Civil Veterinary Dept. Bombay admin report 1932-41 - 1932-1941
Year: 1932
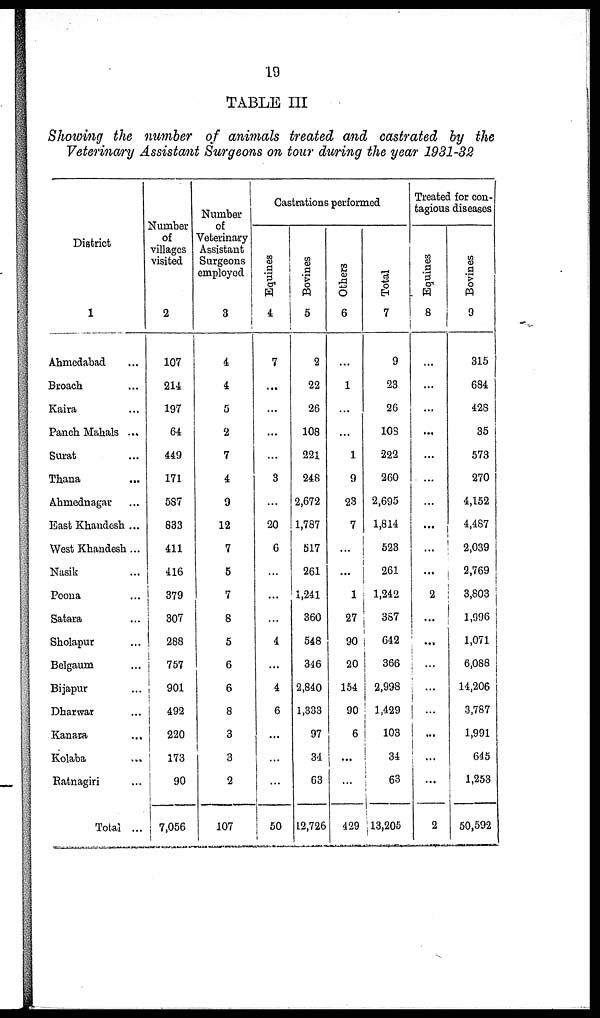
19
TABLE III
Showing the number of animals treated and castrated by the
Veterinary Assistant Surgeons on tour during the year 1931-32
District
1
Ahmedabad ...
Broach ...
Kaira ...
Panch Mahals ...
Surat ...
Thana ...
Ahmednagar ...
East Khandesh ...
West Khandesh....
Nasik ...
Poona ...
Satara ...
Sholapur ...
Belgaum ...
Bijapur ...
Dharwar ...
Kanara
...
Kolaba ...
Ratnagiri ...
Total ...
Number
of
villages
visited
2
107
214
197
64
449
171
587
833
411
416
379
307
288
757
901
492
220
173
90
7,056
Number
of
Veterinary
Assistant
Surgeons
employed
3
4
4
5
2
7
4
9
12
7
5
7
8
5
6
6
8
3
3
2
107
Castrations performed
Equines
4
7
...
...
...
...
3
...
20
6
...
...
...
4
...
4
6
...
...
...
50
Bovines
5
2
22
26
108
221
248
2,672
1,787
517
261
1,241
360
548
346
2,840
1,333
97
34
63
12,726
Others
6
...
1
...
...
1
9
23
7
...
...
1
27
90
20
154
90
6
...
...
429
Total
7
9
23
26
108
222
260
2,695
1,814
523
261
1,242
357
642
366
2,998
1,429
103
34
63
13,205
Treated for con-
tagious diseases
Equines
8
...
...
...
...
...
...
...
...
...
...
2
...
...
...
...
...
...
...
2
Bovines
9
315
684
428
35
573
270
4,152
4,487
2,039
2,769
3,803
1,996
1,071
6,088
14,206
3,787
1,991
645
1,253
50,592